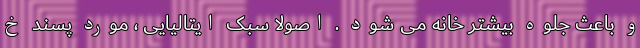
و باعث جلوه بیشتر خانه می شود . اصولا سبک ایتالیایی ، مورد پسند خ